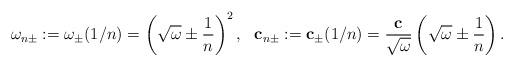
LaTeX: \begin{align*}\omega_{n\pm}:=\omega_{\pm}(1/n)=\left(\sqrt{\omega}\pm \frac{1}{n}\right)^2,\ \ \mathbf{c}_{n\pm}:=\mathbf{c}_{\pm}(1/n)=\frac{\mathbf{c}}{\sqrt{\omega}}\left(\sqrt{\omega} \pm \frac{1}{n}\right). \end{align*}